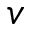
v